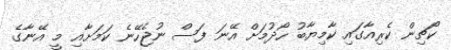
ކޯޗިން ކެރިއާގައި ކާމިޔާބު ހޯދުމަށް އޭނަ ފަސް ނުޖެހޭނެ ކަމަށާއި މީ އޭނާގެ